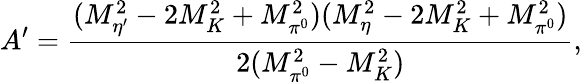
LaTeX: A^{\prime}=\frac{(M_{\eta^{\prime}}^{2}-2M_{K}^{2}+M_{\pi^{0}}^{2})(M_{\eta}^{2}-2M_{K}^{2}+M_{\pi^{0}}^{2})}{2(M_{\pi^{0}}^{2}-M_{K}^{2})},